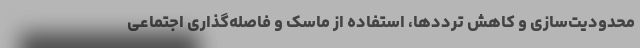
محدودیت‌سازی و کاهش ترددها، استفاده از ماسک و فاصله‌گذاری اجتماعی